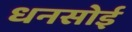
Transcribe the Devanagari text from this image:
धनसोई